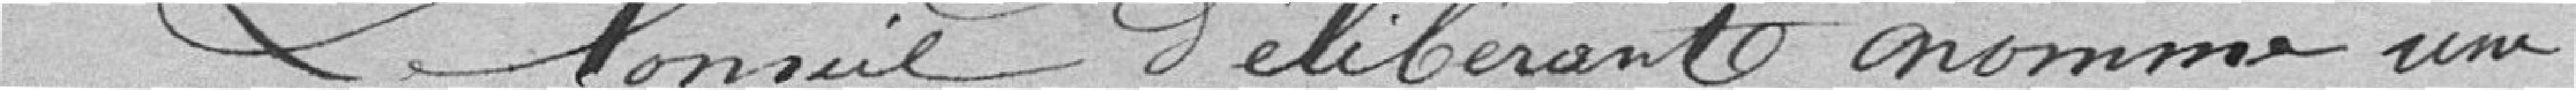
Le Conseil délibérant nomme une